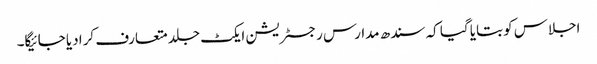
اجلاس کو بتایا گیا کہ سندھ مدارس رجسٹریشن ایکٹ جلد متعارف کرا دیا جائیگا۔